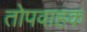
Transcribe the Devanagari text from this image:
तोपवाहक